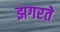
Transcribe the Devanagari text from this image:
झगरते